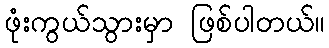
ဖုံးကွယ်သွားမှာ ဖြစ်ပါတယ်။